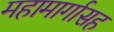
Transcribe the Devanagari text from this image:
महामार्गासह